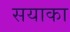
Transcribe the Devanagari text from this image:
सयाका